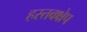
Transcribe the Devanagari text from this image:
हस्तक्क्षेप